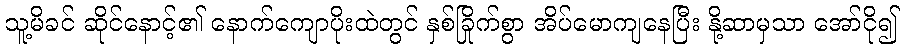
သူ့မိခင် ဆိုင်နောင့်၏ နောက်ကျောပိုးထဲတွင် နှစ်ခြိုက်စွာ အိပ်မောကျနေပြီး နို့ဆာမှသာ အော်ငို၍